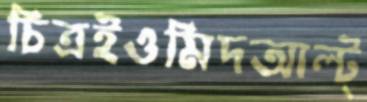
চিত্রইওমিদআল্ট্